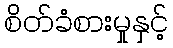
စိတ်ခံစားမှုနှင့်